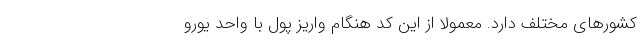
کشورهای مختلف دارد. معمولاً از این کد هنگام واریز پول با واحد یورو